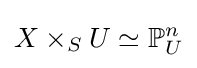
X\times _{S}U\simeq \mathbb {P} _{U}^{n}